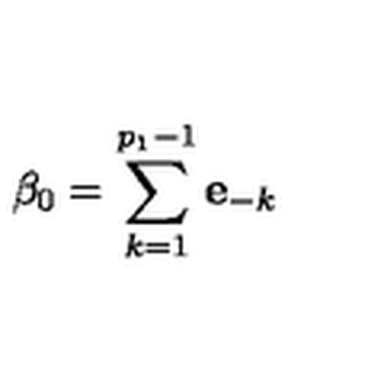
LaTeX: \beta _ { 0 } = \sum _ { k = 1 } ^ { p _ { 1 } - 1 } \mathbf { e } _ { - k }